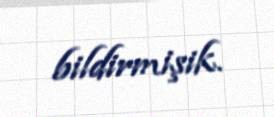
bildirmişik.